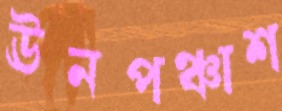
ঊনপঞ্চাশ